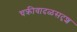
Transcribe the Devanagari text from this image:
चक्रीवादळसदृश